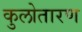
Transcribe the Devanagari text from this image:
कुलोतारण